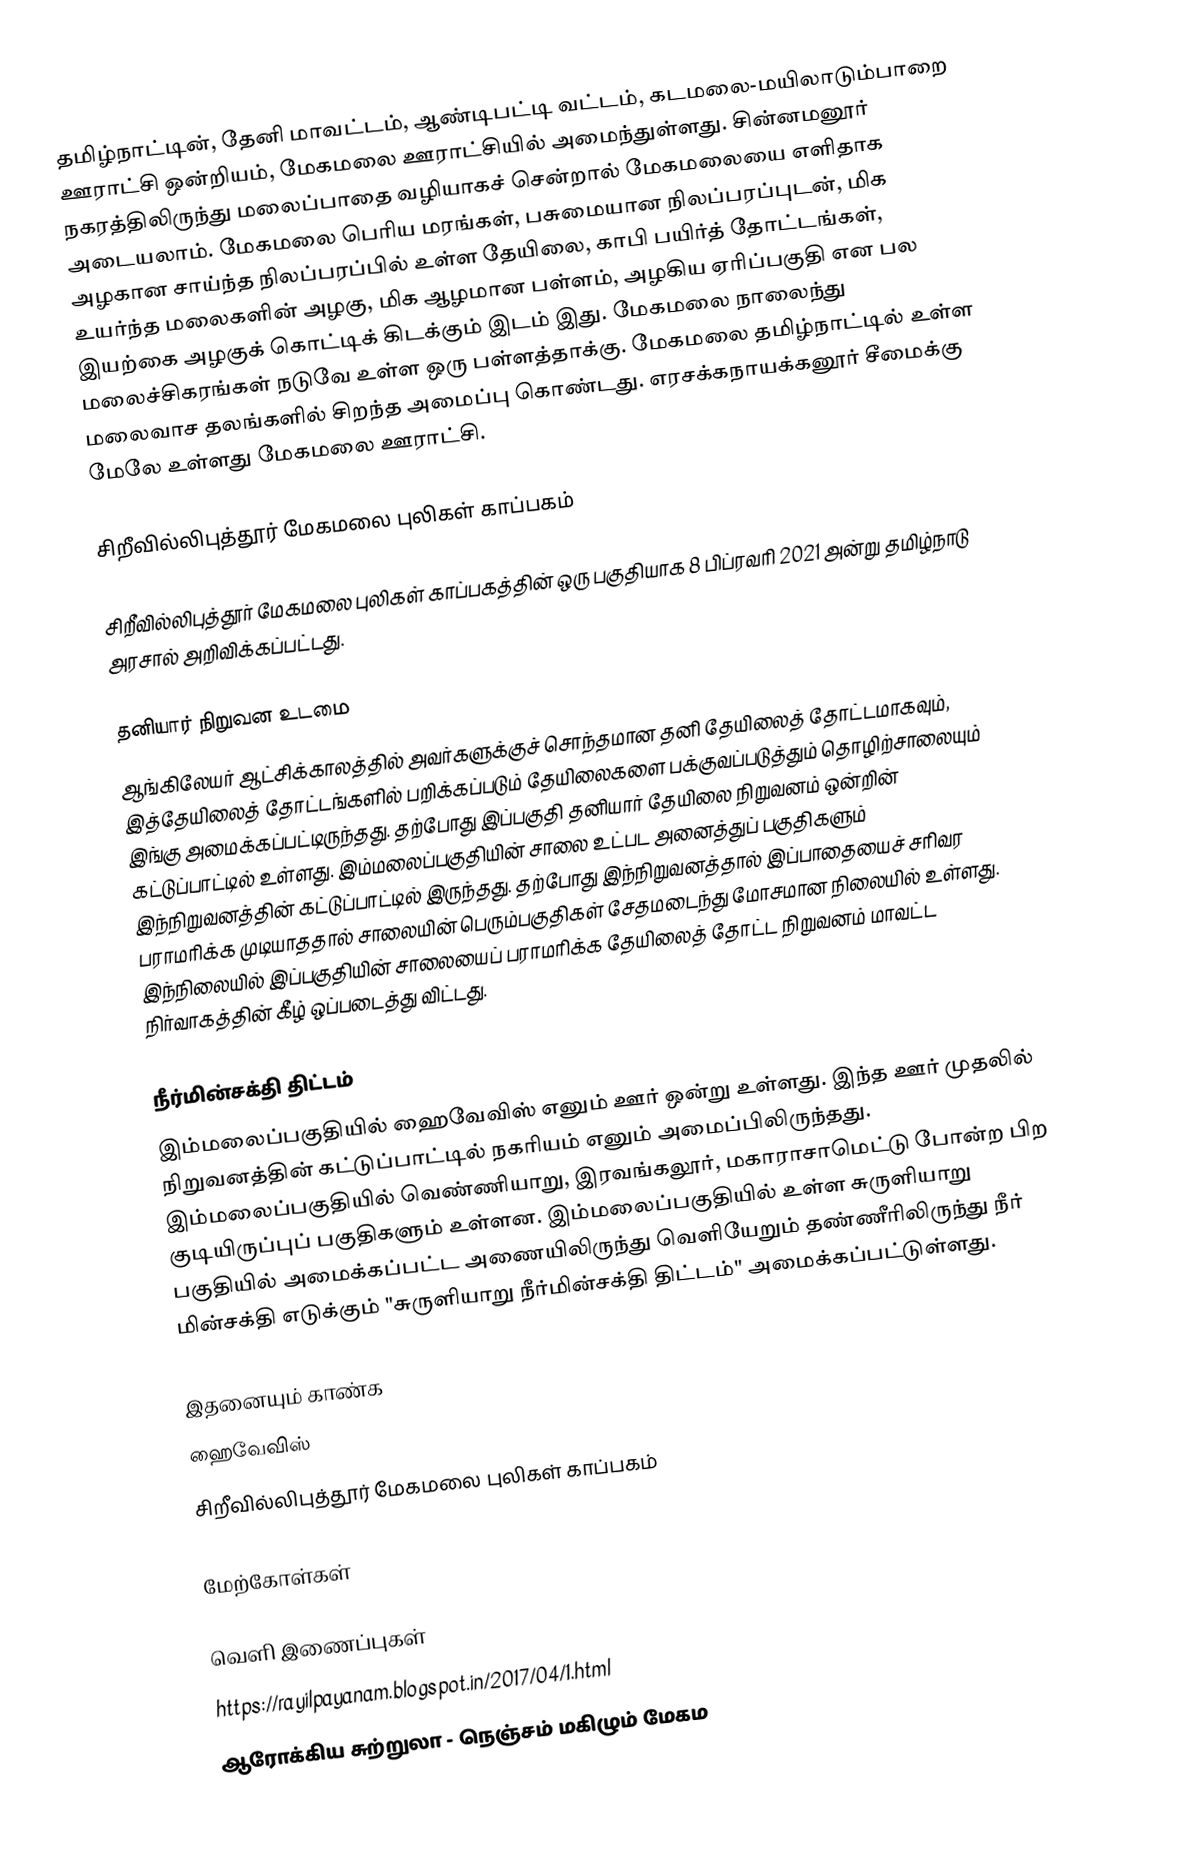
தமிழ்நாட்டின், தேனி மாவட்டம், ஆண்டிபட்டி வட்டம்,  கடமலை-மயிலாடும்பாறை ஊராட்சி ஒன்றியம், மேகமலை ஊராட்சியில் அமைந்துள்ளது. சின்னமனூர் நகரத்திலிருந்து மலைப்பாதை வழியாகச் சென்றால் மேகமலையை எளிதாக அடையலாம். மேகமலை பெரிய மரங்கள், பசுமையான நிலப்பரப்புடன், மிக அழகான சாய்ந்த நிலப்பரப்பில் உள்ள தேயிலை, காபி பயிர்த் தோட்டங்கள், உயர்ந்த மலைகளின் அழகு, மிக ஆழமான பள்ளம், அழகிய ஏரிப்பகுதி என பல இயற்கை அழகுக் கொட்டிக் கிடக்கும் இடம் இது. மேகமலை நாலைந்து மலைச்சிகரங்கள் நடுவே உள்ள ஒரு பள்ளத்தாக்கு. மேகமலை தமிழ்நாட்டில் உள்ள மலைவாச தலங்களில் சிறந்த அமைப்பு கொண்டது. எரசக்கநாயக்கனூர் சீமைக்கு மேலே உள்ளது மேகமலை ஊராட்சி.

சிறீவில்லிபுத்தூர் மேகமலை புலிகள் காப்பகம்

சிறீவில்லிபுத்தூர் மேகமலை புலிகள் காப்பகத்தின் ஒரு பகுதியாக  8 பிப்ரவரி 2021 அன்று தமிழ்நாடு அரசால் அறிவிக்கப்பட்டது.

தனியார் நிறுவன உடமை
ஆங்கிலேயர் ஆட்சிக்காலத்தில் அவர்களுக்குச் சொந்தமான தனி தேயிலைத் தோட்டமாகவும், இத்தேயிலைத் தோட்டங்களில் பறிக்கப்படும் தேயிலைகளை பக்குவப்படுத்தும் தொழிற்சாலையும் இங்கு அமைக்கப்பட்டிருந்தது. தற்போது இப்பகுதி தனியார் தேயிலை நிறுவனம் ஒன்றின் கட்டுப்பாட்டில் உள்ளது. இம்மலைப்பகுதியின் சாலை உட்பட அனைத்துப் பகுதிகளும் இந்நிறுவனத்தின் கட்டுப்பாட்டில் இருந்தது. தற்போது இந்நிறுவனத்தால் இப்பாதையைச் சரிவர பராமரிக்க முடியாததால் சாலையின் பெரும்பகுதிகள் சேதமடைந்து மோசமான நிலையில் உள்ளது. இந்நிலையில் இப்பகுதியின் சாலையைப் பராமரிக்க தேயிலைத் தோட்ட நிறுவனம் மாவட்ட நிர்வாகத்தின் கீழ் ஒப்படைத்து விட்டது.

நீர்மின்சக்தி திட்டம்
இம்மலைப்பகுதியில் ஹைவேவிஸ் எனும் ஊர் ஒன்று உள்ளது. இந்த ஊர் முதலில் நிறுவனத்தின் கட்டுப்பாட்டில் நகரியம் எனும் அமைப்பிலிருந்தது. இம்மலைப்பகுதியில் வெண்ணியாறு, இரவங்கலூர், மகாராசாமெட்டு போன்ற பிற குடியிருப்புப் பகுதிகளும் உள்ளன. இம்மலைப்பகுதியில் உள்ள சுருளியாறு பகுதியில் அமைக்கப்பட்ட அணையிலிருந்து வெளியேறும் தண்ணீரிலிருந்து நீர் மின்சக்தி எடுக்கும் "சுருளியாறு நீர்மின்சக்தி திட்டம்" அமைக்கப்பட்டுள்ளது.

இதனையும் காண்க
 ஹைவேவிஸ்
 சிறீவில்லிபுத்தூர் மேகமலை புலிகள் காப்பகம்

மேற்கோள்கள்

வெளி இணைப்புகள்
https://rayilpayanam.blogspot.in/2017/04/1.html
ஆரோக்கிய சுற்றுலா - நெஞ்சம் மகிழும் மேகம